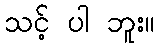
သင့် ပါ ဘူး။